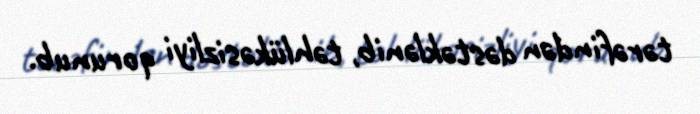
tərəfindən dəstəklənib, təhlükəsizliyi qorunub.